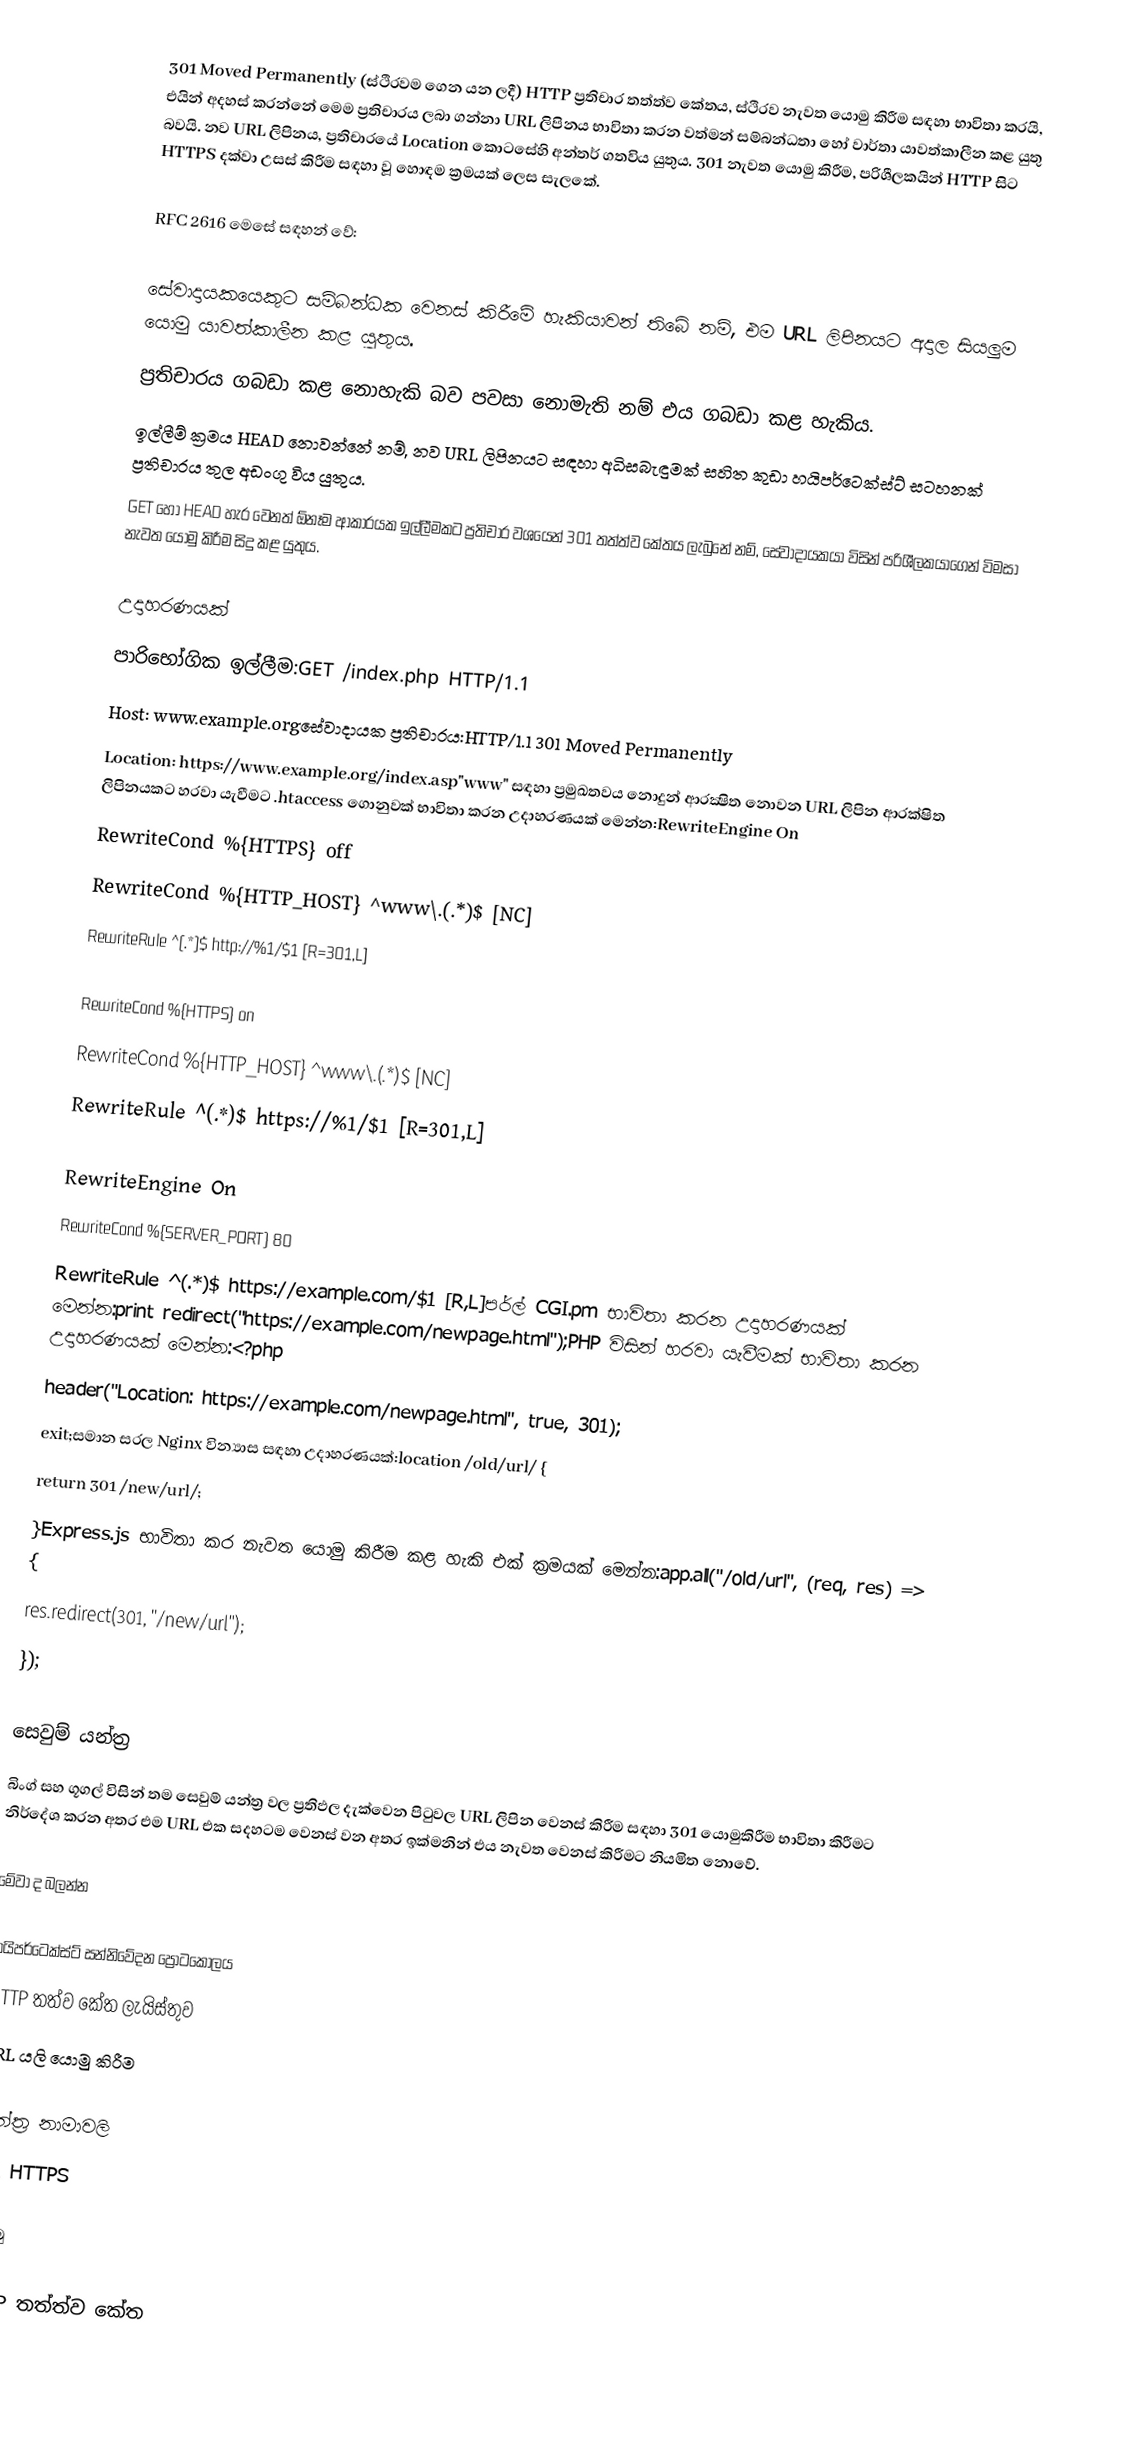
301 Moved Permanently (ස්ථිරවම ගෙන යන ලදී) HTTP ප්‍රතිචාර තත්ත්ව කේතය, ස්ථිරව නැවත යොමු කිරීම සඳහා භාවිතා කරයි, එයින් අදහස් කරන්නේ මෙම ප්‍රතිචාරය ලබා ගන්නා URL ලිපිනය භාවිතා කරන වත්මන් සම්බන්ධතා හෝ වාර්තා යාවත්කාලීන කළ යුතු බවයි. නව URL ලිපිනය, ප්‍රතිචාරයේ Location කොටසේහි අන්තර් ගතවිය යුතුය. 301 නැවත යොමු කිරීම, පරිශීලකයින් HTTP සිට HTTPS දක්වා උසස් කිරීම සඳහා වූ හොඳම ක්‍රමයක් ලෙස සැලකේ.

RFC 2616  මෙසේ සඳහන් වේ:

 සේවාදායකයෙකුට සම්බන්ධක වෙනස් කිරීමේ හැකියාවන් තිබේ නම්, එම URL ලිපිනයට අදාල සියලුම යොමු යාවත්කාලීන කළ යුතුය.
 ප්‍රතිචාරය ගබඩා කළ නොහැකි බව පවසා නොමැති නම් එය ගබඩා කළ හැකිය.
 ඉල්ලීම් ක්‍රමය HEAD නොවන්නේ නම්, නව URL ලිපිනයට සඳහා අධිසබැඳුමක් සහිත කුඩා හයිපර්ටෙක්ස්ට් සටහනක් ප්‍රතිචාරය තුල අඩංගු විය යුතුය.
 GET හෝ HEAD හැර වෙනත් ඕනෑම ආකාරයක ඉල්ලීමකට ප්‍රතිචාර වශයෙන් 301 තත්ත්ව කේතය ලැබුනේ නම්, සේවාදායකයා විසින් පරිශීලකයාගෙන් විමසා නැවත යොමු කිරීම සිදු කළ යුතුය.

උදාහරණයක්
පාරිභෝගික ඉල්ලීම:GET /index.php HTTP/1.1
Host: www.example.orgසේවාදායක ප්‍රතිචාරය:HTTP/1.1 301 Moved Permanently
Location: https://www.example.org/index.asp"www" සඳහා ප්‍රමුඛතවය නොදුන් ආරක්‍ෂිත නොවන URL ලිපින ආරක්ෂිත ලිපිනයකට හරවා යැවීමට .htaccess ගොනුවක් භාවිතා කරන උදාහරණයක් මෙන්න:RewriteEngine On
RewriteCond %{HTTPS} off
RewriteCond %{HTTP_HOST} ^www\.(.*)$ [NC]
RewriteRule ^(.*)$ http://%1/$1 [R=301,L]

RewriteCond %{HTTPS} on
RewriteCond %{HTTP_HOST} ^www\.(.*)$ [NC]
RewriteRule ^(.*)$ https://%1/$1 [R=301,L]

RewriteEngine On
RewriteCond %{SERVER_PORT} 80
RewriteRule ^(.*)$ https://example.com/$1 [R,L]පර්ල් CGI.pm භාවිතා කරන උදාහරණයක් මෙන්න:print redirect("https://example.com/newpage.html");PHP විසින් හරවා යැවීමක් භාවිතා කරන උදාහරණයක් මෙන්න:<?php
header("Location: https://example.com/newpage.html", true, 301);
exit;සමාන සරල Nginx වින්‍යාස සඳහා උදාහරණයක්:location /old/url/ {
    return 301 /new/url/;
}Express.js භාවිතා කර නැවත යොමු කිරීම කළ හැකි එක් ක්‍රමයක් මෙන්න:app.all("/old/url", (req, res) => {
    res.redirect(301, "/new/url");
});

සෙවුම් යන්ත්‍ර
බිංග් සහ ගූගල් විසින් තම සෙවුම් යන්ත්‍ර වල ප්‍රතිඵල දැක්වෙන පිටුවල URL ලිපින වෙනස් කිරීම සඳහා 301 යොමුකිරීම භාවිතා කිරීමට නිර්දේශ කරන අතර එම URL එක සදහටම වෙනස් වන අතර ඉක්මනින් එය නැවත වෙනස් කිරීමට නියමිත නොවේ.

මේවා ද බලන්න

 හයිපර්ටෙක්ස්ට් සන්නිවේදන ප්‍රොටකෝලය
 HTTP තත්ව කේත ලැයිස්තුව
 URL යලි යොමු කිරීම

ග්‍රන්ත්‍ර නාමාවලි
301 HTTPS

යොමු

HTTP තත්ත්ව කේත